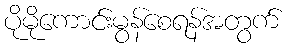
ပိုမိုကောင်းမွန်စေရန်အတွက်